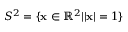
S ^ { 2 } = \{ { \bf x } \in \mathbb { R } ^ { 2 } | | { \bf x } | = 1 \}